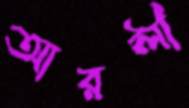
আরলী